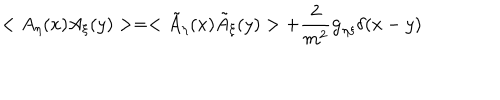
< A _ { \eta } ( x ) A _ { \xi } ( y ) > = < \tilde { A } _ { \eta } ( x ) \tilde { A } _ { \xi } ( y ) > + \frac { 2 } { m ^ { 2 } } { \bf g } _ { \eta \xi } { \bf \delta } ( x - y )